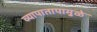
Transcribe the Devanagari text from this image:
व्यापातापामुळे